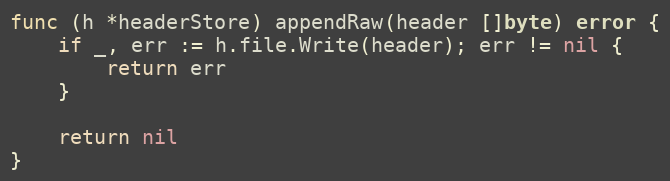
Language: Go
func (h *headerStore) appendRaw(header []byte) error {
	if _, err := h.file.Write(header); err != nil {
		return err
	}

	return nil
}